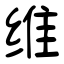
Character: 维